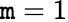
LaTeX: \mathtt{m}=1